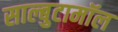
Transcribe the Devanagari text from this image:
साल्बुटामॉल